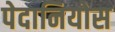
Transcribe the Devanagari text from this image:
पेदानियोस